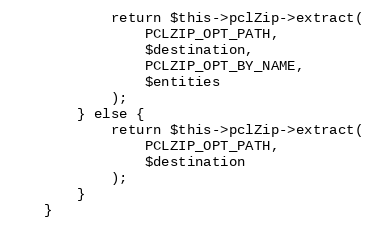
Language: PHP
            return $this->pclZip->extract(
                PCLZIP_OPT_PATH,
                $destination,
                PCLZIP_OPT_BY_NAME,
                $entities
            );
        } else {
            return $this->pclZip->extract(
                PCLZIP_OPT_PATH,
                $destination
            );
        }
    }